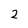
Character: 2